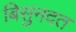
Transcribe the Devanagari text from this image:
बिसुनदत